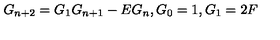
G _ { n + 2 } = G _ { 1 } G _ { n + 1 } - E G _ { n } , G _ { 0 } = 1 , G _ { 1 } = 2 F